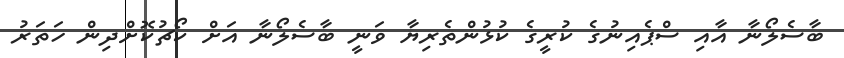
ބާސެލޯނާ އާއި ސްޕެއިނުގެ ކުރީގެ ކުޅުންތެރިޔާ ވަނީ ބާސެލޯނާ އަށް ކޯޗުކޮށްދިން ހަތަރު